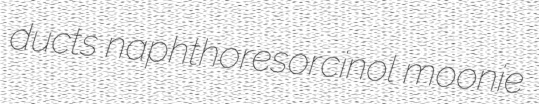
ducts naphthoresorcinol moonie